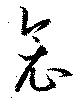
衾